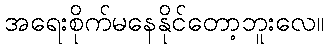
အရေးစိုက်မနေနိုင်တော့ဘူးလေ။